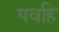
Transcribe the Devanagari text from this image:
पवहि